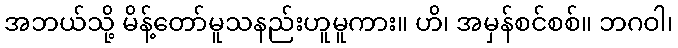
အဘယ်သို့ မိန့်တော်မူသနည်းဟူမူကား။ ဟိ၊ အမှန်စင်စစ်။ ဘဂဝါ၊